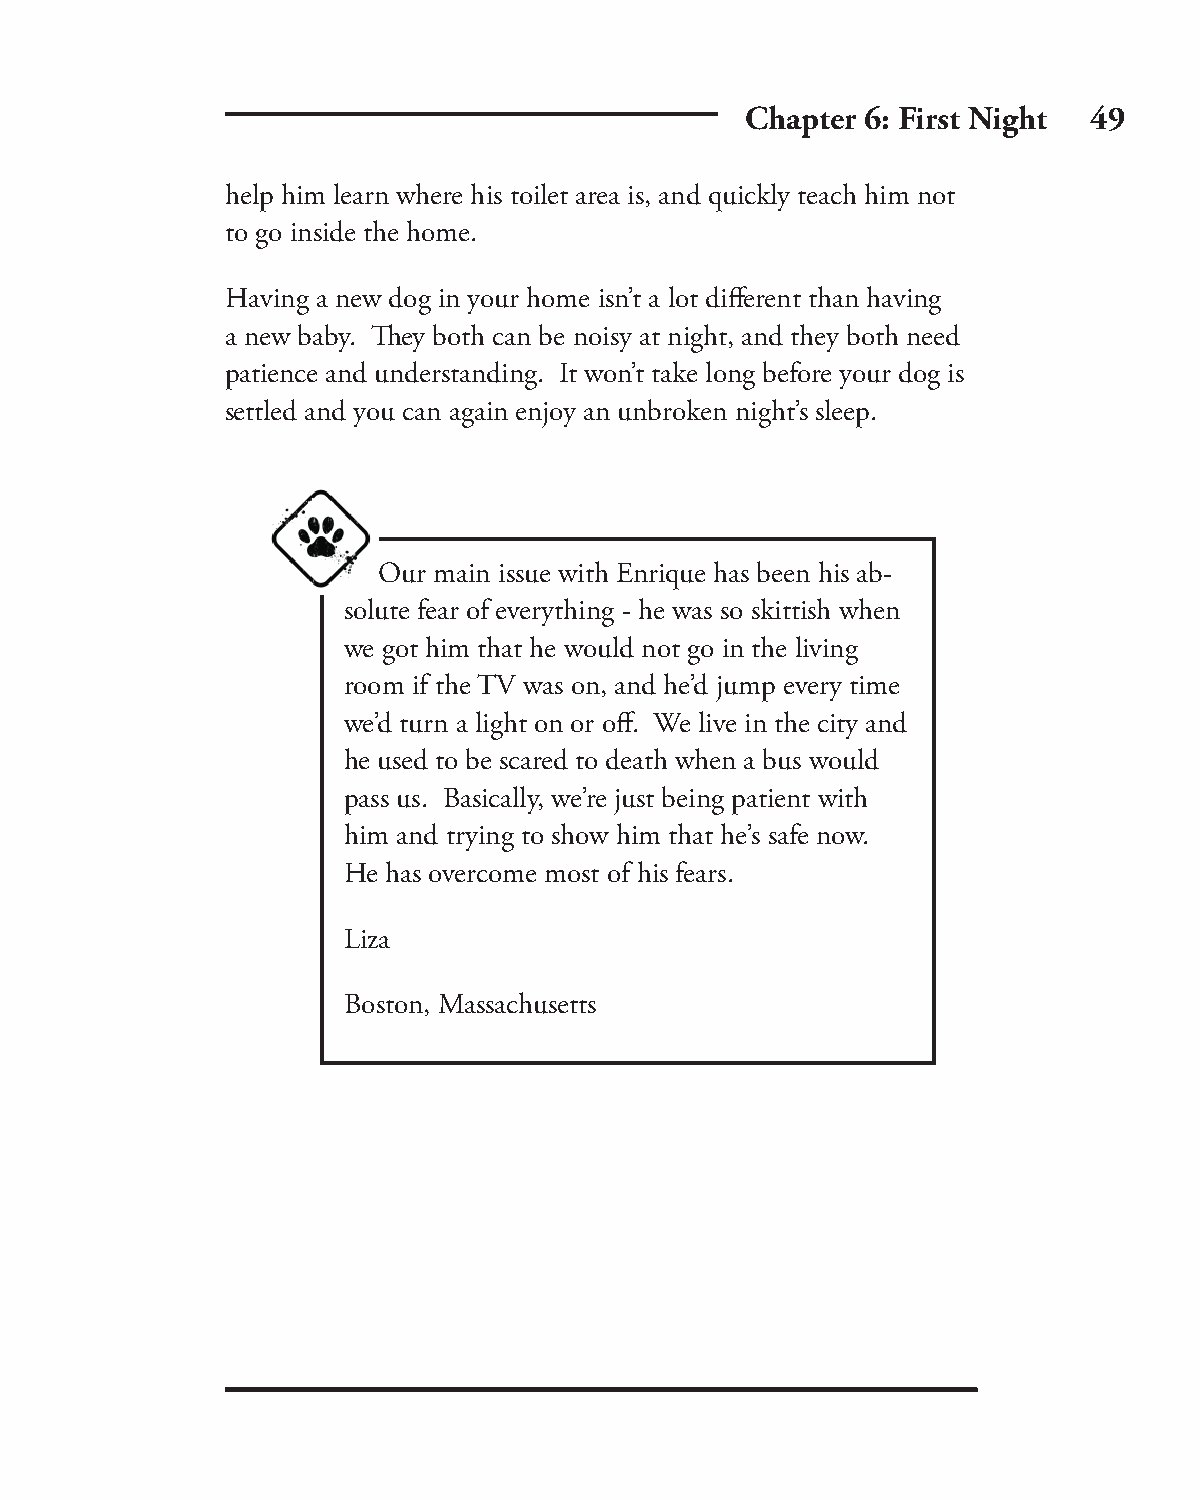
Chapter 6: First Night 49
 help him learn where his toilet area is, and quickly teach him not
 to go inside the home.
 Having a new dog in your home isn’t a lot diff erent than having
 a new baby. Th ey both can be noisy at night, and they both need
 patience and understanding. It won’t take long before your dog is
 settled and you can again enjoy an unbroken night’s sleep.
 Our main issue with Enrique has been his ab-
 solute fear of everything - he was so skittish when
 we got him that he would not go in the living
 room if the TV was on, and he’d jump every time
 we’d turn a light on or off . We live in the city and
 he used to be scared to death when a bus would
 pass us. Basically, we’re just being patient with
 him and trying to show him that he’s safe now.
 He has overcome most of his fears.
 Liza
 Boston, Massachusetts